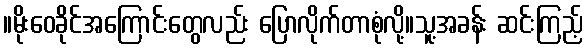
။မိုးဝေခိုင်အကြောင်းတွေလည်း ပြောလိုက်တာစုံလို့။သူ့အခန်း ဆင်းကြည့်